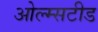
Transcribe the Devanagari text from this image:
ओल्म्सटीड